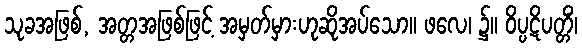
သုခအဖြစ်, အတ္တအဖြစ်ဖြင့် အမှတ်မှားဟုဆိုအပ်သော။ ဖလေ၊ ၌။ ဝိပ္ပဋိပတ္တိံ၊